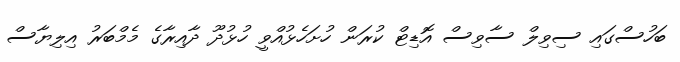
ބަހުސްގައި ސިވިލް ސާވިސް އޮޑިޓް ކުރަން ހުށަހެޅުއްވީ ހުޅުދޫ ދާއިރާގެ މެމްބަރު އިލިޔާސް